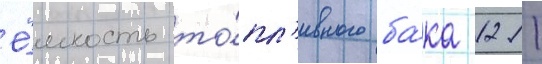
Ё́мкость то́пл'ивного ба́ка 1211